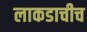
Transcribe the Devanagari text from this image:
लाकडाचीच